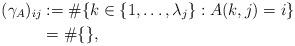
LaTeX: \begin{align*}(\gamma_A)_{ij}&:=\#\{ k\in\{1,\dots,\lambda_j\}: A(k,j)=i \}\\&=\#\{ \},\end{align*}